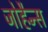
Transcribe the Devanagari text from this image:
जोहैन्स